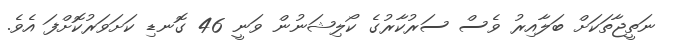
ނަތީޖާތަކަށް ބަލާއިރު ވެސް ސަރުކާރުގެ ކޯލިޝަނުން ވަނީ 46 ގޮނޑި ކަށަވަރުކޮށްފަ އެވެ.